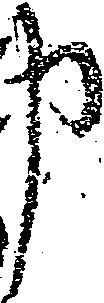
申